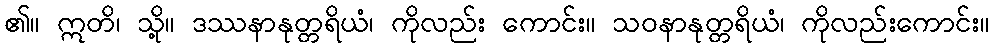
၏။ ဣတိ၊ သို့။ ဒဿနာနုတ္တရိယံ၊ ကိုလည်း ကောင်း။ သဝနာနုတ္တရိယံ၊ ကိုလည်းကောင်း။